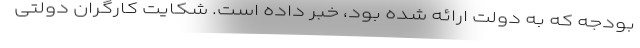
بودجه که به دولت ارائه شده بود، خبر داده است. شکایت کارگران دولتی